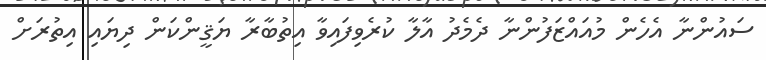
ސައުންނާ އެހެން މުއައްޒަފުންނާ ދެމެދު އާލާ ކުރެވިފައިވާ އިތުބާރާ ޔަޤީންކަން ދިޔައި އިތުރަށް